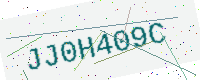
Text: JJ0H409C